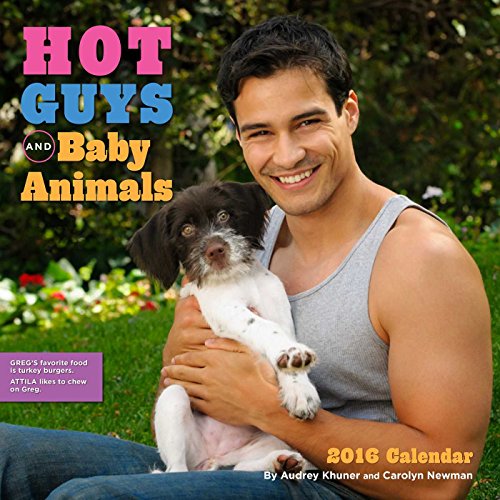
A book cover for Hot Guys and Baby Animals 2016 Wall Calendar; Audrey Khuner; Calendars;